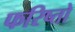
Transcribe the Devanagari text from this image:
फरिष्तो